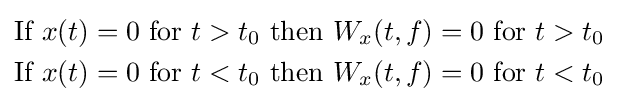
{\begin{aligned}{\text{If }}x(t)&=0{\text{ for }}t>t_{0}{\text{ then }}W_{x}(t,f)=0{\text{ for }}t>t_{0}\\{\text{If }}x(t)&=0{\text{ for }}t<t_{0}{\text{ then }}W_{x}(t,f)=0{\text{ for }}t<t_{0}\end{aligned}}